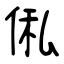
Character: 俬